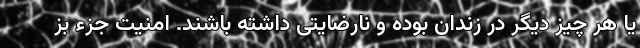
یا هر چیز دیگر در زندان بوده و نارضایتی داشته باشند. امنیت جزء بز